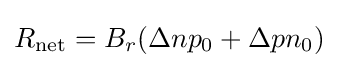
R_{\text{net}}=B_{r}(\Delta np_{0}+\Delta pn_{0})